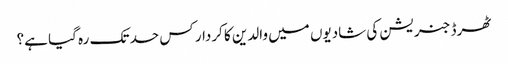
ٹھرڈ جنریشن کی شادیوں میں والدین کا کردار کس حد تک رہ گیا ہے؟